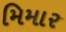
મિમાર